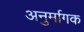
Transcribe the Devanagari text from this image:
अनुर्मागक